Leaving Certificate Examination, 1923
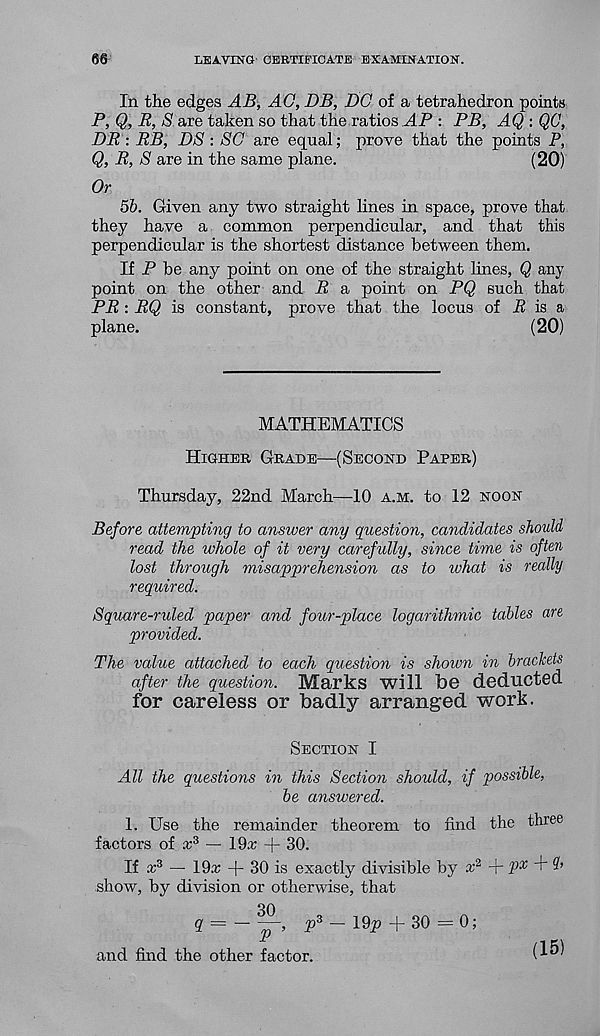
LEAVING CERTIFICATE EXAMINATION.
66
In the edges AB, AG, DB, DC of a tetrahedron points
P, Q, R, S are taken so that the ratios AP : PB, AQ : QC,
DR : RB, DS : SC are equal ; prove that the points P,
Q, R, S are in the same plane.
(20)
Or
5b. Given any two straight lines in space, prove that
they have a common perpendicular, and that this
perpendicular is the shortest distance between them.
If P be any point on one of the straight lines, Q any
point on the other and R a point on PQ such that
PR : RQ is constant, prove that the locus of R is a
plane.
(20)
MATHEMATICS
Higher Grade—(Second Paper)
Thursday, 22nd March—10 a.m. to 12 noon
Before attempting to answer any question, candidates should
read the whole of it very carefully, since time is often
lost through misapprehension as to ivhat is really
required.
Square-ruled paper and four-place logarithmic tables are
provided.
The value attached to each question is shown in brackets
after the question. Marks will be deducted
for careless or badly arranged work.
Section I
All the questions in this Section should, if possible,
be answered.
1. Use the remainder theorem to find the three
factors of £ 3 — 19a; + 30.
If x 3 — IQx + 30 is exactly divisible by x 2 + qrx A
show, by division or otherwise, that
30
g = — —, p 3 — 19y) + 30 = 0;
and find the other factor.
(15)